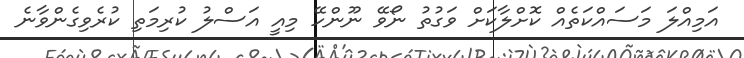
އަމިއްލަ މަސައްކަތެއް ކޮށްލާކަށް ވަގުތު ނޯވޭ ނޫންހޭ މިއީ އަސްލު ކުރިމަތި ކުރެވިގެންވާނެ